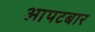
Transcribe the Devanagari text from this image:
आपटबार